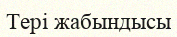
Тері жабындысы